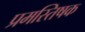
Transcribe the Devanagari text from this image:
प्रमस्तिषक